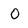
Character: O